Plague in India, 1896, 1897 - Volume 3
Year: 1896
Disease focus: Plague
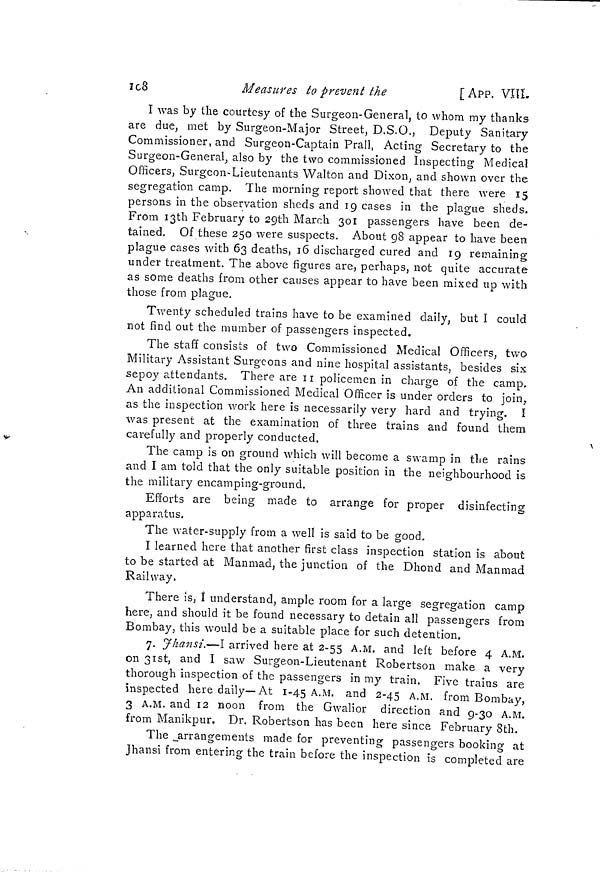
îc8
Measures to prevent the
[ APP. VIII
I was by the courtesy of the Surgeon-General, to whom my thanks
are due, met by Surgeon-Major Street, D.S.O., Deputy Sanitary
Commissioner, and Surgeon-Captain Prall, Acting Secretary to the
Surgeon-General, also by the two commissioned Inspecting Medical
Officers, Surgeon-Lieutenants Walton and Dixon, and shown over the
segregation camp. The morning report showed that there were 15
persons in the observation sheds and 19 cases in the plague sheds.
From 13th February to 20th March 301 passengers have been de-
tained. Of these 250 were suspects. About 98 appear to have been
plague cases with 63 deaths, 16 discharged cured and 19 remaining
under treatment. The above figures are, perhaps, not quite accurate
as some deaths from other causes appear to have been mixed up with
those from plague.
Twenty scheduled trains have to be examined daily, but I could
not find out the number of passengers inspected.
The staff consists of two Commissioned Medical Officers, two
Military Assistant Surgeons and nine hospital assistants, besides six
sepoy attendants. There are 11 policemen in charge of the camp.
An additional Commissioned Medical Officer is under orders to join,
as the inspection work here is necessarily very hard and trying. Í
was present at the examination of three trains and found them
carefully and properly conducted.
The camp is on ground which will become a swamp in the rains
and I am told that the only suitable position in the neighbourhood is
the military encamping-ground.
Efforts are being made to arrange for proper disinfecting
apparatus.
The water-supply from a well is said to be good.
I learned here that another first class inspection station is about
to be started at Manmad, the junction of the Dhond and Manmad
Railway,
There is, I understand, ample room for a large segregation camp
here, and should it be found necessary to detain all passengers from
Bombay, this would be a suitable place for such detention.
7. Jhansi.—I arrived here at 2-55 A.M. and left before 4 A.M.
on 31st, and I saw Surgeon-Lieutenant Robertson make a very
thorough inspection of the passengers in my train. Five trains are
inspected here daily—At 1-45 A.M. and 2-45 A.M. from Bombay,
3 A.M. and 12 noon from the Gwalior direction and 9-30 A.M.
from Manikpur. Dr. Robertson has been here since February 8th.
The arrangements made for preventing passengers booking at
Jhansi from entering the train before the inspection is completed are